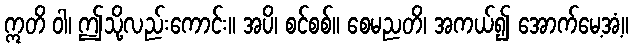
ဣတိ ဝါ၊ ဤသို့လည်းကောင်း။ အပိ၊ စင်စစ်။ စေမညတိ၊ အကယ်၍ အောက်မေ့အံ့။